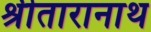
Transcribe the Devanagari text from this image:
श्रीतारानाथ